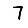
Digit: 7